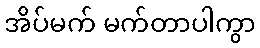
အိပ်မက် မက်တာပါကွာ